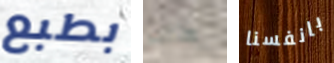
بطبع هناك بانفسنا